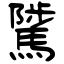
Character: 騭